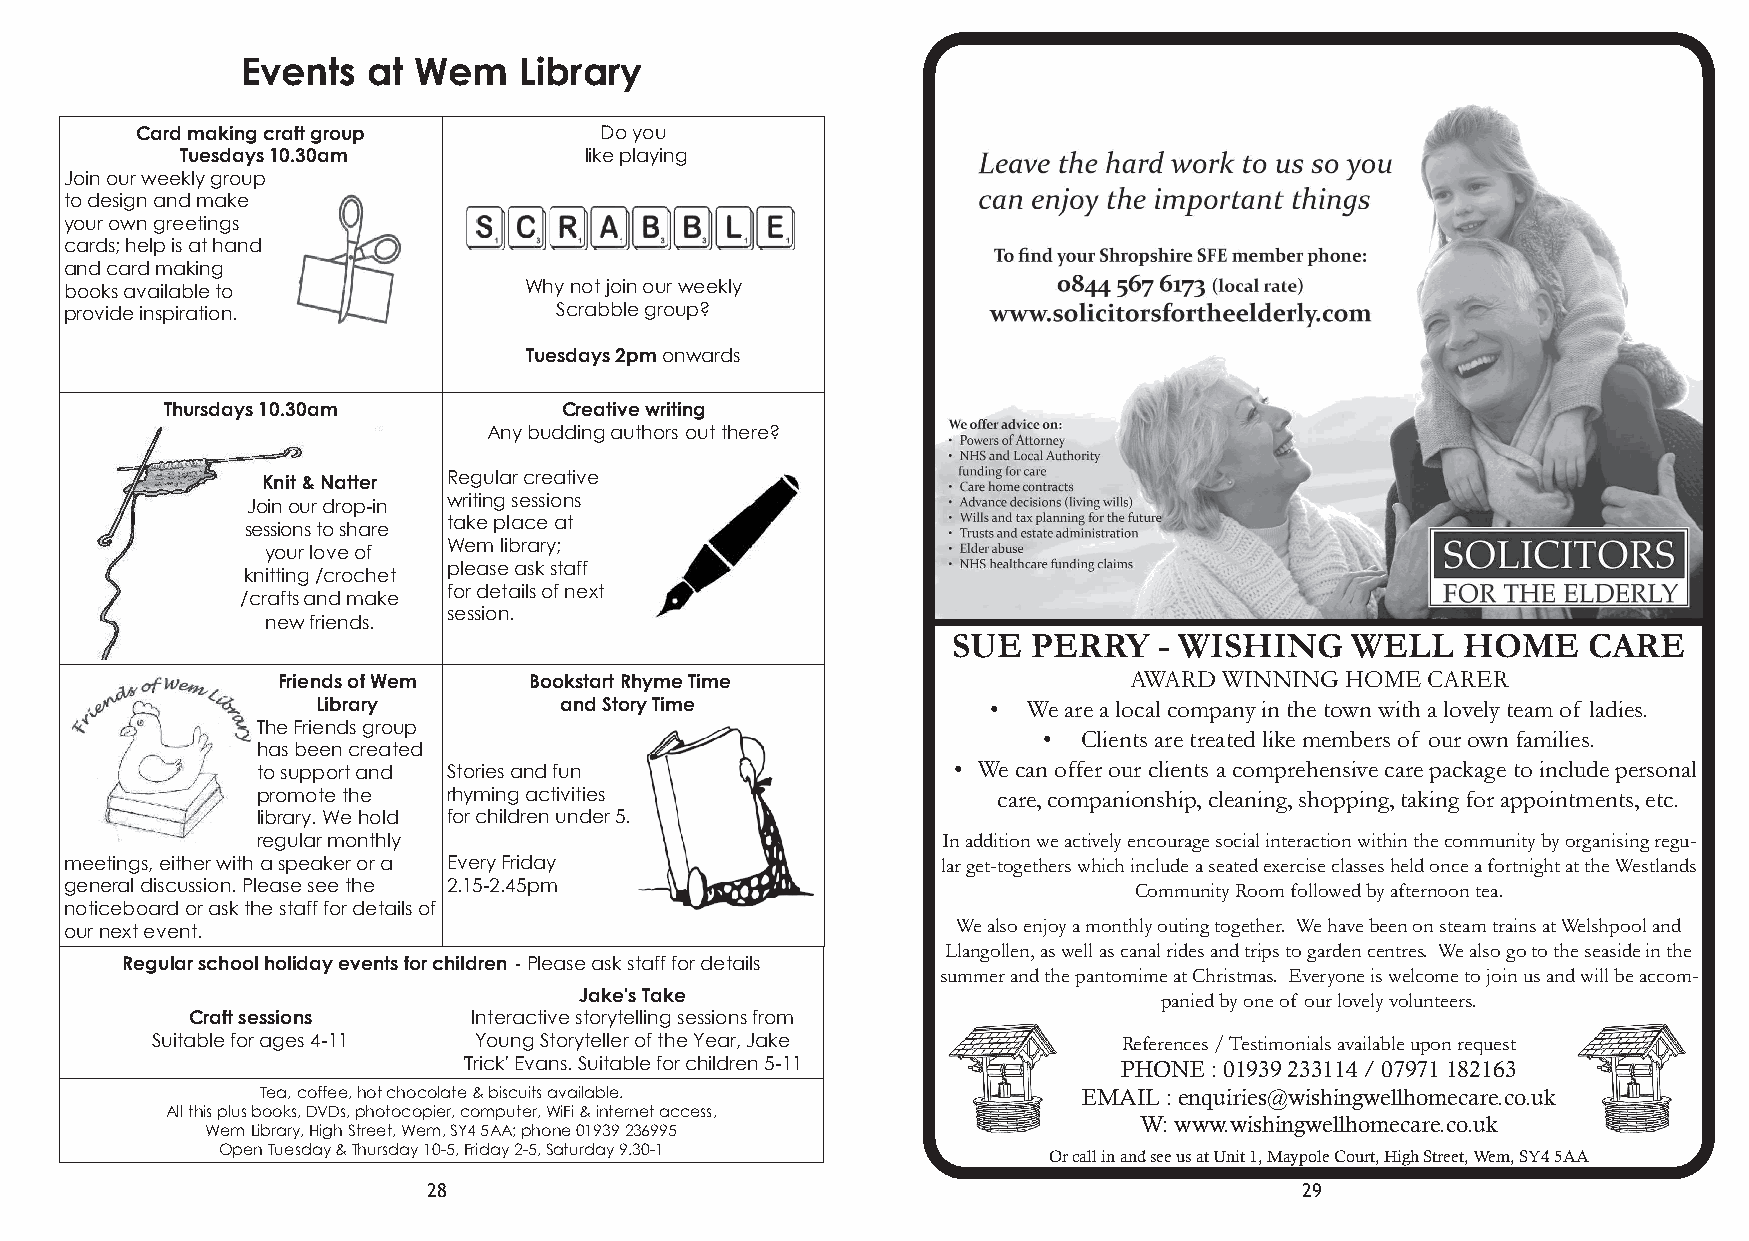
Events  at Wem    Library
 Card making craft group        Do you
 Tuesdays 10.30am           like playing
 Join our weekly group
 to design and make
 your own greetings
 cards; help is at hand
 and card making
 books available to             Why not join our weekly
 provide inspiration.             Scrabble group?
 Tuesdays 2pm onwards
 Thursdays 10.30am         Creative writing
 Any budding authors out there?
 Knit & Natter Regular creative
 Join our weekly
 writing sessions
 Join our drop-in
 drop-in Knit & natter
 sessions; share syeoussr iloovnes to share take place at
 Wem library;
 of knitting/crocheyt aonud r love of
 make new frienkdnsitting /crochet please ask staff
 for details of next
 /crafts and make
 session.
 new friends.
 SUE  PERRY    - WISHING   WELL    HOME    CARE
 Friends of Wem   Bookstart Rhyme Time                    AWARD WINNING HOME CARER
 Library         and Story Time               • We are a local company in the town with a lovely team of ladies.
 The Friends group
 •  Clients are treated like members of our own families.
 has been created
 to support and Stories and fun                • We can offer our clients a comprehensive care package to include personal
 promote the  rhyming activities                  care, companionship, cleaning, shopping, taking for appointments, etc.
 library. We hold for children under 5.
 regular monthly                              In addition we actively encourage social interaction within the community by organising regu-
 meetings, either with a speaker or a Every Friday         lar get-togethers which include a seated exercise classes held once a fortnight at the Westlands
 general discussion. Please see the 2.15-2.45pm                         Community Room followed by afternoon tea.
 noticeboard or ask the staff for details of
 We also enjoy a monthly outing together. We have been on steam trains at Welshpool and
 our next event.
 Llangollen, as well as canal rides and trips to garden centres. We also go to the seaside in the
 Regular school holiday events for children - Please ask staff for details
 summer and the pantomime at Christmas. Everyone is welcome to join us and will be accom-
 Jake's Take                            panied by one of our lovely volunteers.
 Craft sessions     Interactive storytelling sessions from
 Suitable for ages 4-11 Young Storyteller of the Year, Jake      References / Testimonials available upon request
 'Trick' Evans. Suitable for children 5-11  PHONE : 01939 233114 / 07971 182163
 Tea, coffee, hot chocolate & biscuits available.       EMAIL : enquiries@wishingwellhomecare.co.uk
 All this plus books, DVDs, photocopier, computer, WiFi & internet access,
 W: www.wishingwellhomecare.co.uk
 Wem Library, High Street, Wem, SY4 5AA; phone 01939 236995
 Open Tuesday & Thursday 10-5, Friday 2-5, Saturday 9.30-1 Or call in and see us at Unit 1, Maypole Court, High Street, Wem, SY4 5AA
 28                                                        29